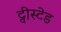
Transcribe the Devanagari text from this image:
ट्वीस्टेड